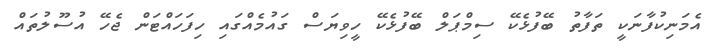
އެމަނިކުފާނަކީ ތަފާތު ބޭފުޅެކޭ ސިމްޕަލް ބޭފުޅެކޭ ހީވިޔަސް ގައުމެއްގައި ހިފަހައްޓަން ޖެހޭ އުސޫލުތައް